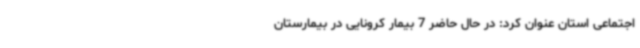
اجتماعی استان عنوان کرد: در حال حاضر 7 بیمار کرونایی در بیمارستان